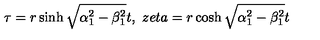
\tau = r \sinh \sqrt { \alpha _ { 1 } ^ { 2 } - \beta _ { 1 } ^ { 2 } } t , \ z e t a = r \cosh \sqrt { \alpha _ { 1 } ^ { 2 } - \beta _ { 1 } ^ { 2 } } t